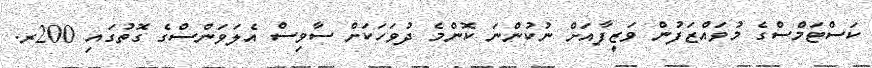
ކަސްޓަމްސްގެ މުވައްޒަފުން ވަޒީފާއަށް ނުކުންނަ ކޮންމެ ދުވަހަކަށް ސާވިސް އެލަވަންސްގެ ގޮތުގައި 200ރ.